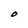
Character: O